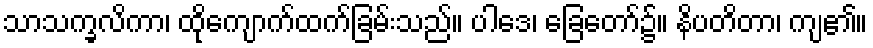
သာသက္ခလိကာ၊ ထိုကျောက်ထက်ခြမ်းသည်။ ပါဒေ၊ ခြေတော်၌။ နိပတိတာ၊ ကျ၏။